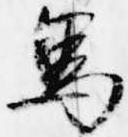
馬